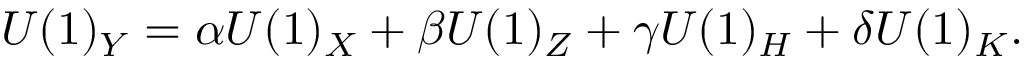
U ( 1 ) _ { Y } = \alpha U ( 1 ) _ { X } + \beta U ( 1 ) _ { Z } + \gamma U ( 1 ) _ { H } + \delta U ( 1 ) _ { K } .